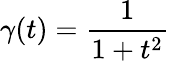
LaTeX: \gamma(t)=\frac{1}{1+t^{2}}